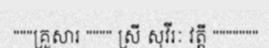
"""គ្រួសារ """" ស្រី សុវីរៈ វត្តី """""""